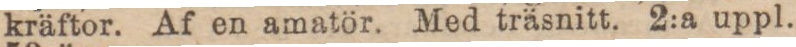
kräftor. Af en amatör. Med träsnitt. 2:a uppl.